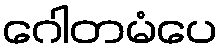
ဂေါတမံပေ